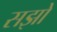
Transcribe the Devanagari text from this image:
सझो